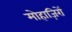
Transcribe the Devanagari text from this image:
मोहाज़िरों